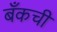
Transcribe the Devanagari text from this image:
बँकची